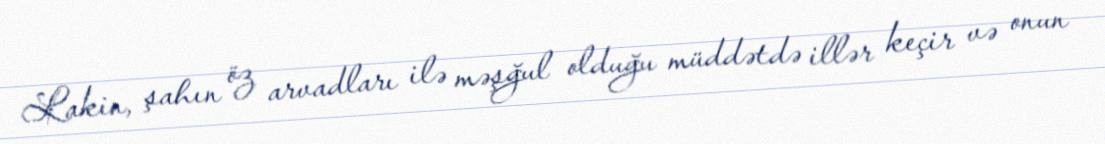
Lakin, şahın öz arvadları ilə məşğul olduğu müddətdə illər keçir və onun